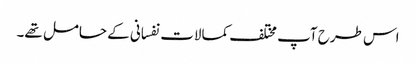
اس طرح آپ مختلف کمالات نفسانی کے حامل تھے۔